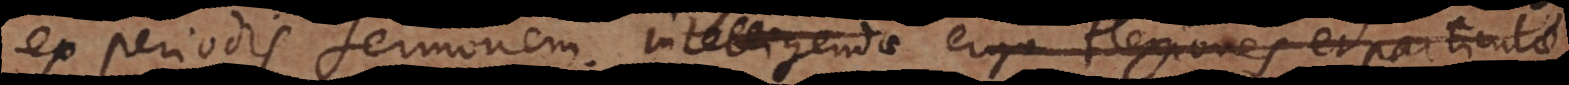
ex periodis sermonem. Intelligendae ergo flexiones et particulae,